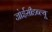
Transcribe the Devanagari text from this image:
जोईसीडब्ल्यू